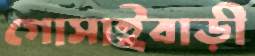
গোসাইবাড়ী